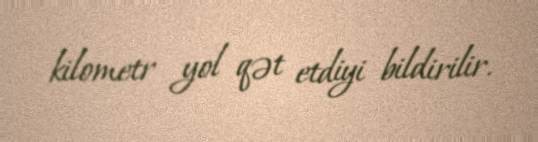
kilometr yol qət etdiyi bildirilir.